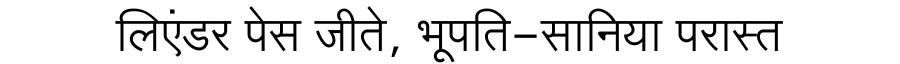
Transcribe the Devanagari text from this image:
लिएंडर पेस जीते, भूपति-सानिया परास्त